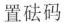
置砝码